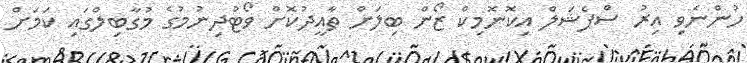
ހުންނެވި އިރު ސްޕެޝަލް އިކޮނޮމިކް ޒޯން ބިލަށް ތާއީދުކޮށް ވޯޓުދިނުމުގެ މުގާބިލްގައި ކަަމަށް